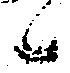
候